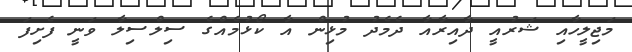
މަޖިލީހާއި ޝަރުއީ ދާއިރާއާ ދެމެދު މުޅިން އާ ކޯޅުމެއްގެ ސިލްސިލާ ވަނީ ފެށިފަ